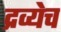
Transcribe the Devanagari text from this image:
द्रव्येच